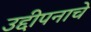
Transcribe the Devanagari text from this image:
उद्दीपनाचे